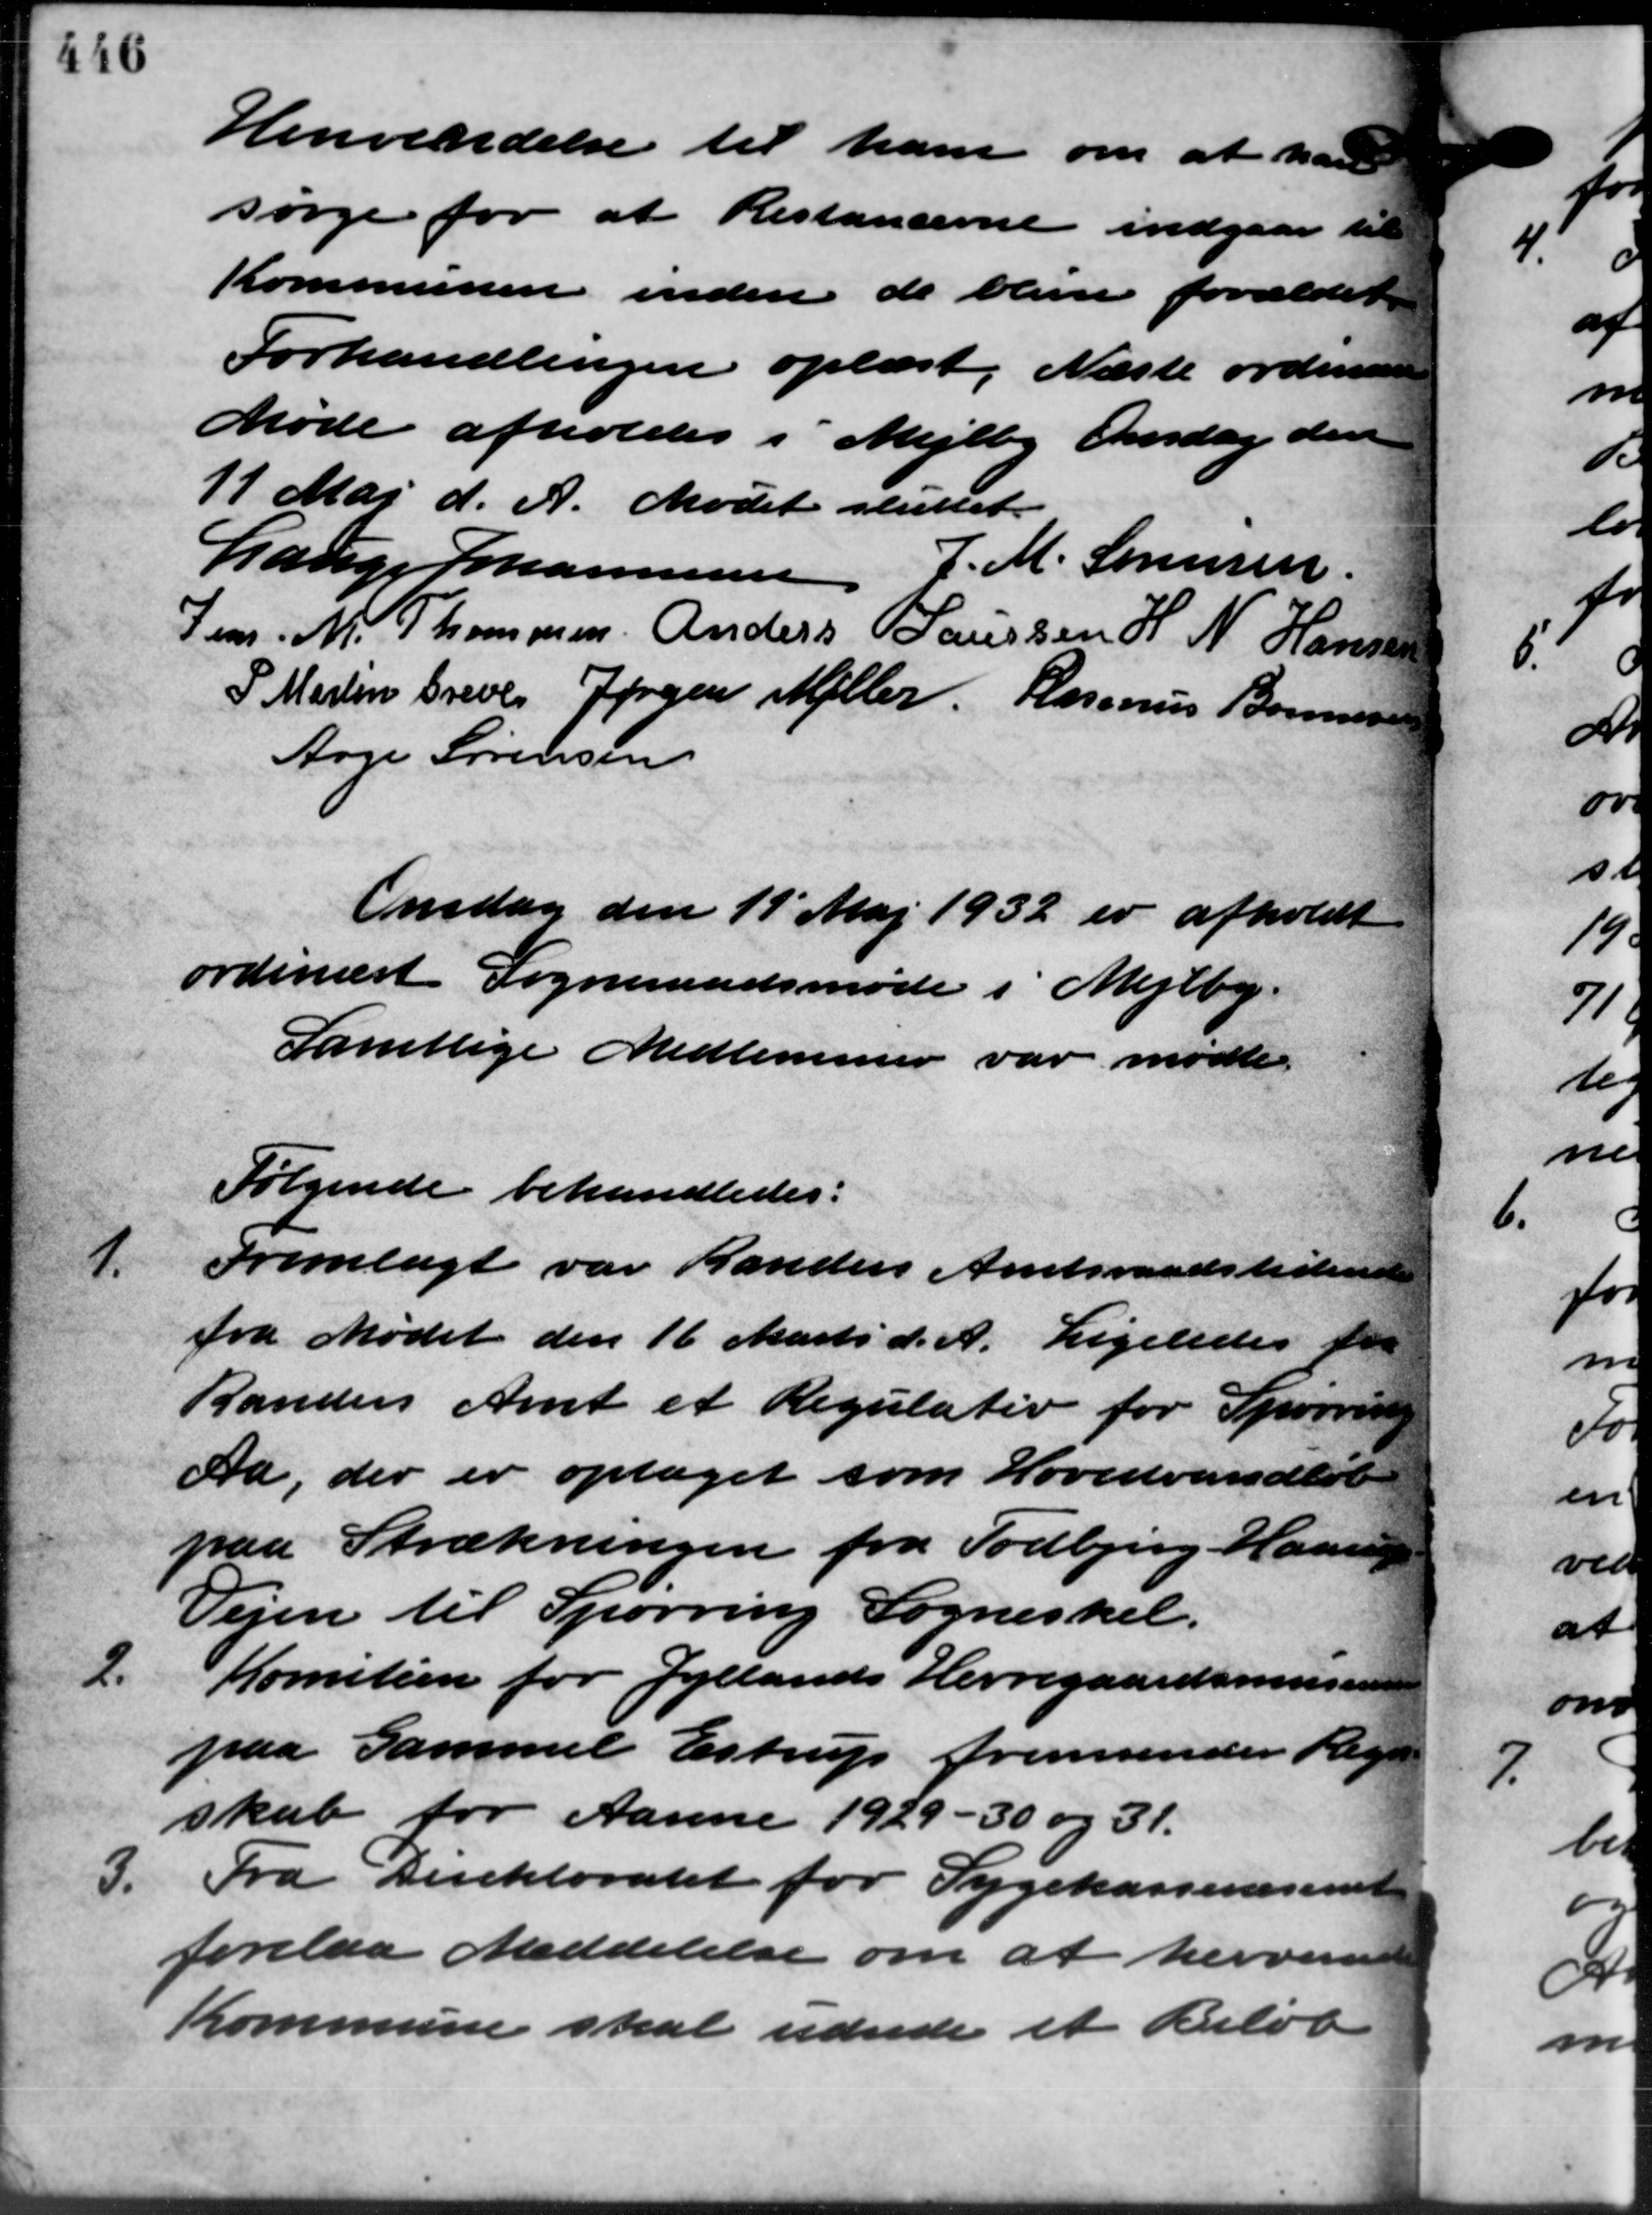
Transskription:
Henvendelse til ham om at han
sørge for at Restancerne indgaar til
Kommunen inden de bliver forældet
Forhandlingen oplæst. Næste ordinære
Møde afholdes i Mejlby Onsdag den
11 Maj d. A. Mødet sluttet.
Lauge Johannesen E. M. Sørensen.
Jens. M. Thommen Anders Laursen  H. N. Hansen
P. Maren Greves Jørgen Møller. Rasmus Bonnes
Aage Sørensen
Onsdag den 19 Maj 1932 er afholdt
ordinært Sogneraadsmøde i Mejlby.
Samtlige Medlemmer var mødte.
Følgende behandledes:
1.
Fremlagt var Randers Amtsraadslistene
fra Mødet den 16 Marts d. A. Ligeledes fra
Randers Amt et Regulativ for Spørring
Aa, der er optaget som Hovedvandløb
paa Strækningen fra Todbjerg Haarup
Vejen til Spørring Sogneskel.
2.
Komiteen for Jyllands Herregaardsmuserie
paa Gammel Estrup fremsender Regn
skab for Aarene 1929 - 30 og 31.
3.
Fra Direktoratet for Sygekassevæsenet
forelaa Meddelelse om at herverede
Kommune skal udrede et Beløb